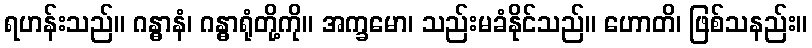
ရဟန်းသည်။ ဂန္ဓာနံ၊ ဂန္ဓာရုံတို့ကို။ အက္ခမော၊ သည်းမခံနိုင်သည်။ ဟောတိ၊ ဖြစ်သနည်း။